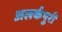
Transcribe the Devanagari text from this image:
अलर्कपुरी